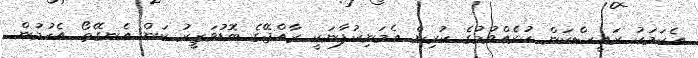
އެކަމަކު ރައީސްކަން ކުރެއްވުމުގެ ކުރިން އެމަނިކުފާނަކީ ރާއްޖޭގެ ބޮޑުވަޒީރު ކަން އެނގޭތޯ އެހުމުން